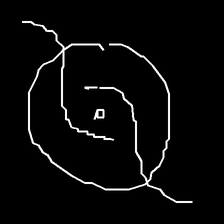
Glyph: repetition